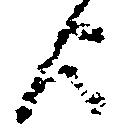
歟